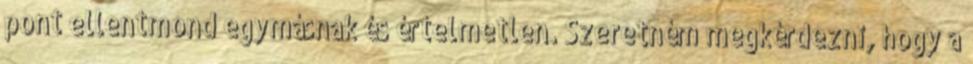
pont ellentmond egymásnak és értelmetlen. Szeretném megkérdezni, hogy a